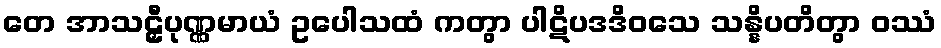
တေ အာသဠှီပုဏ္ဏမာယံ ဥပေါသထံ ကတွာ ပါဋိပဒဒိဝသေ သန္နိပတိတွာ ဝဿံ